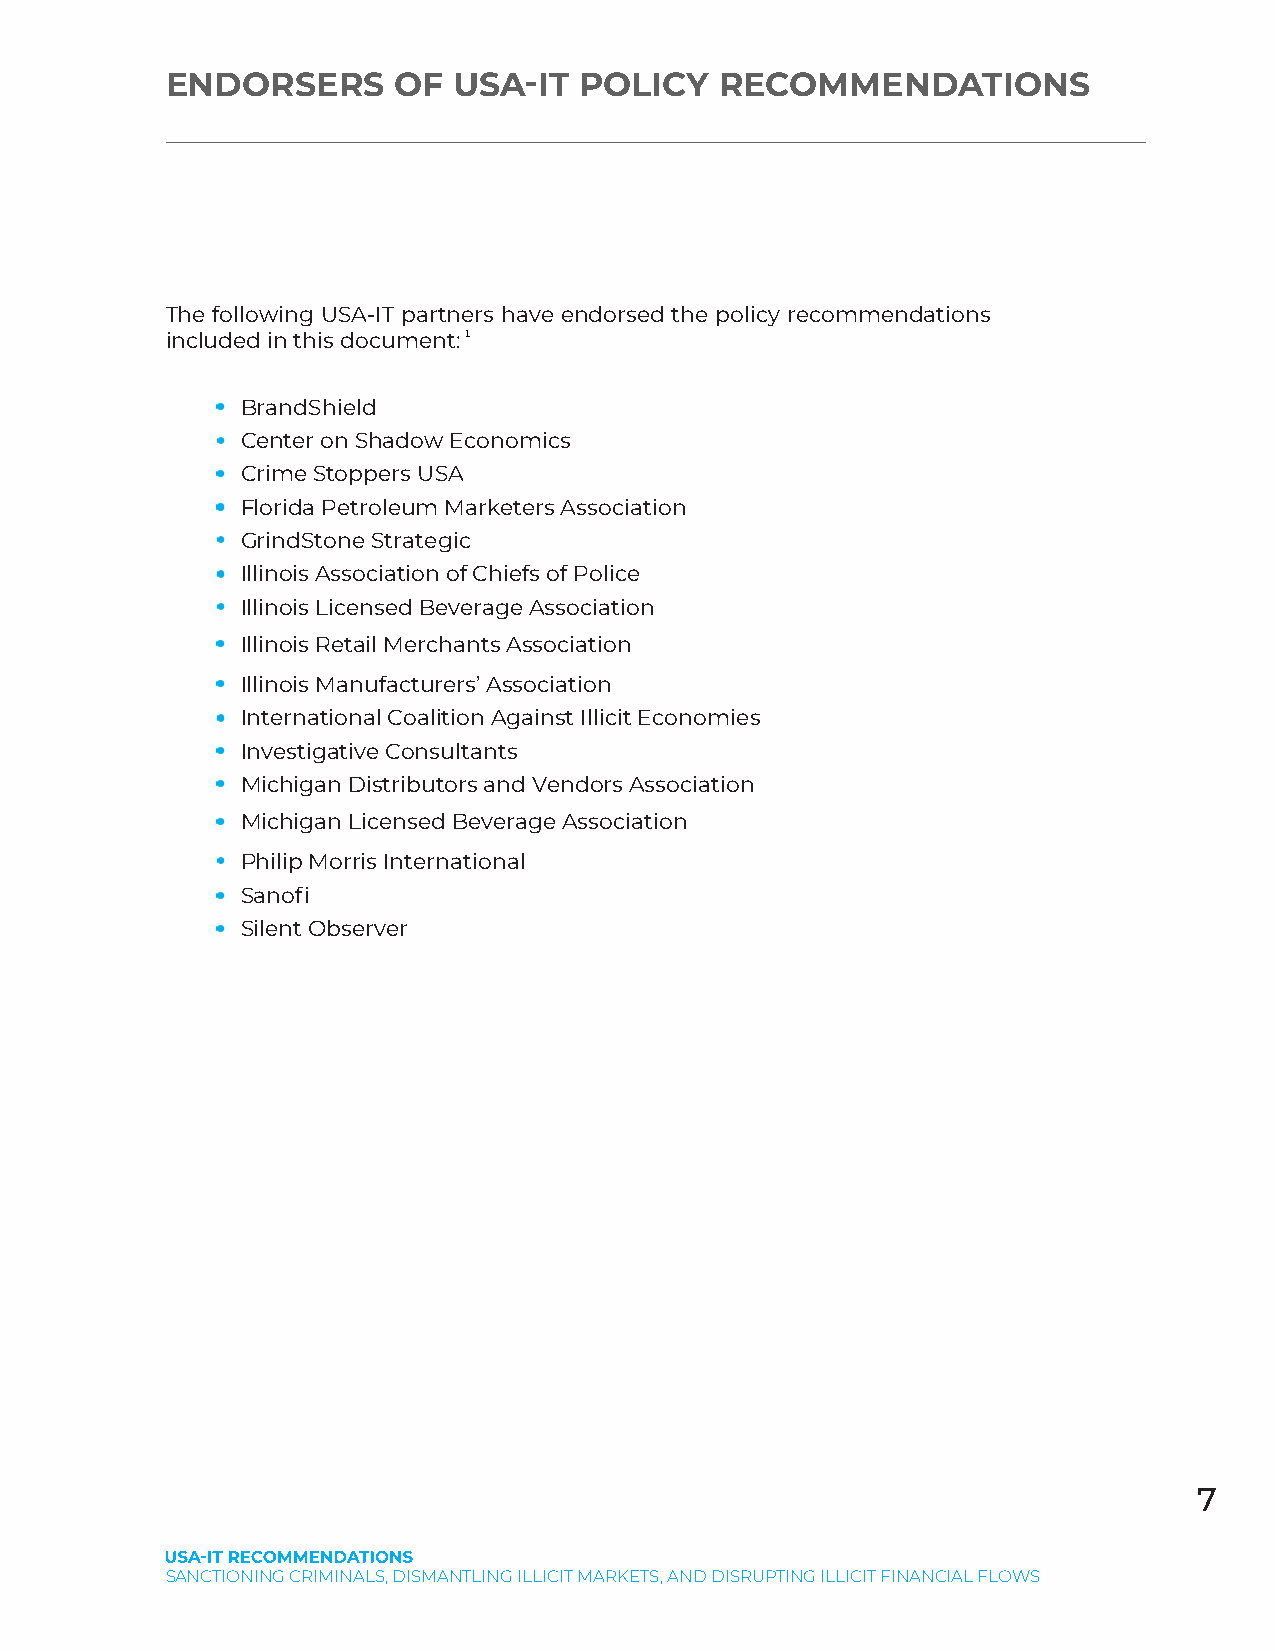
ENDORSERS      OF  USA-IT  POLICY    RECOMMENDATIONS
 The following USA-IT partners have endorsed the policy recommendations
 included in this document: 1
 1.   BrandShield
 2.   Center on Shadow Economics
 3.   Crime Stoppers USA
 4.   Florida Petroleum Marketers Association
 5.   GrindStone Strategic
 6.   Illinois Association of Chiefs of Police
 7.   Illinois Licensed Beverage Association
 8.   Illinois Retail Merchants Association
 9.   Illinois Manufacturers’ Association
 10.  International Coalition Against Illicit Economies
 11.  Investigative Consultants
 12.  Michigan Distributors and Vendors Association
 13.  Michigan Licensed Beverage Association
 14.  Philip Morris International
 15.  Sanofi
 16.  Silent Observer
 7
 SANCTIONING CRIMINALS, DISMANTLING ILLICIT MARKETS, AND DISRUPTING ILLICIT FINANCIAL FLOWS